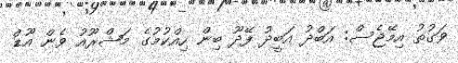
ވަގުތު އިމޭޖެސް: އަބްދު އަބީދު ފޭދޫ ބިން ހިއްކުމުގެ މަޝްރޫއު ވެން އޫޑް